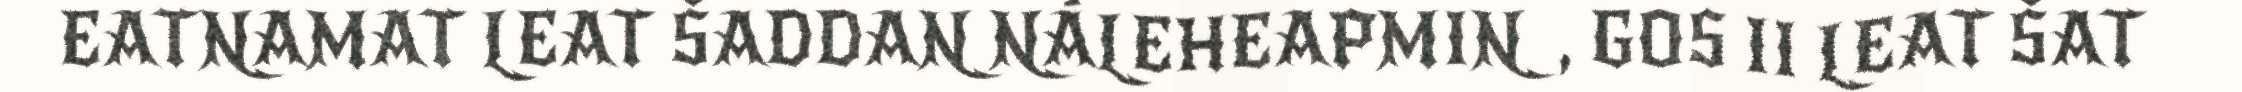
EATNAMAT LEAT ŠADDAN NÁLEHEAPMIN, GOS II LEAT ŠAT